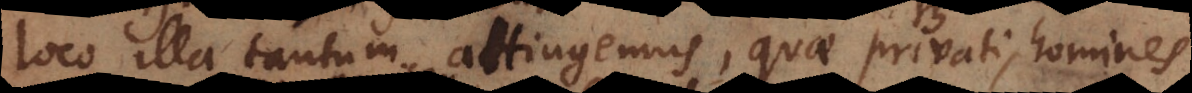
loco illa tantum attingemus, quae privati homines